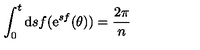
\int _ { 0 } ^ { t } \mathrm { d } s f ( \mathrm { e } ^ { s f } ( \theta ) ) = \frac { 2 \pi } { n }